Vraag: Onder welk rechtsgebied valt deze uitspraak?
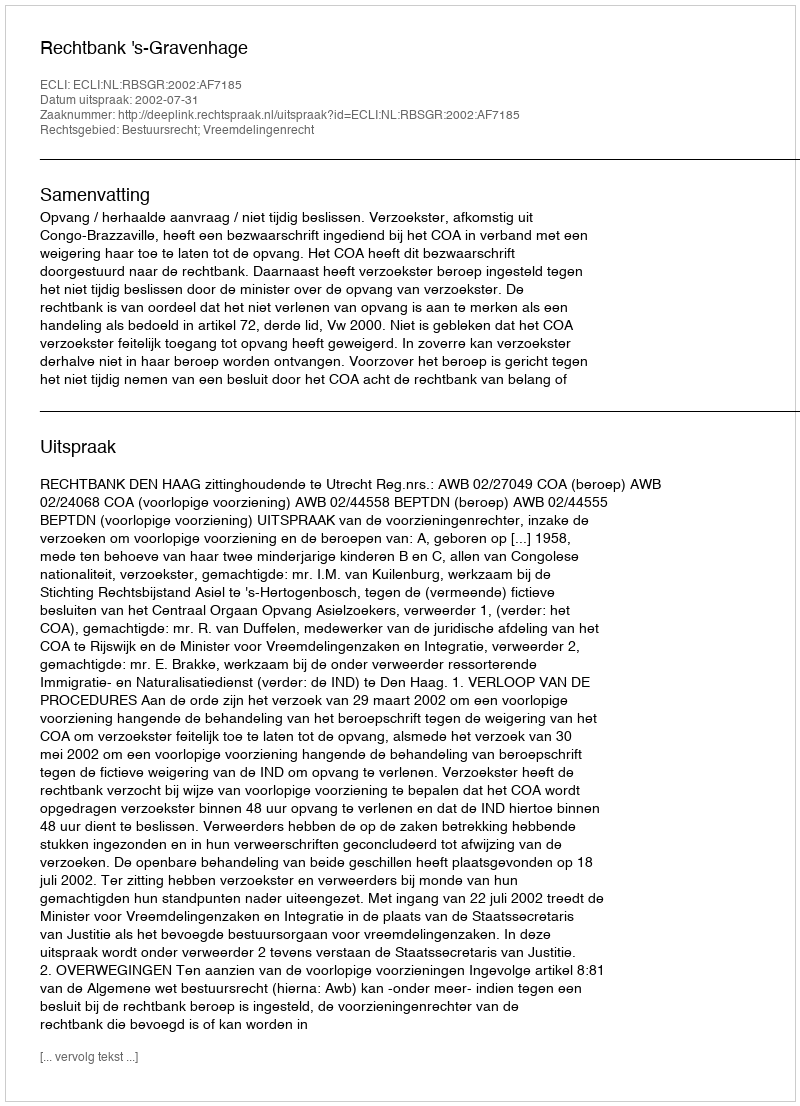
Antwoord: Bestuursrecht; Vreemdelingenrecht